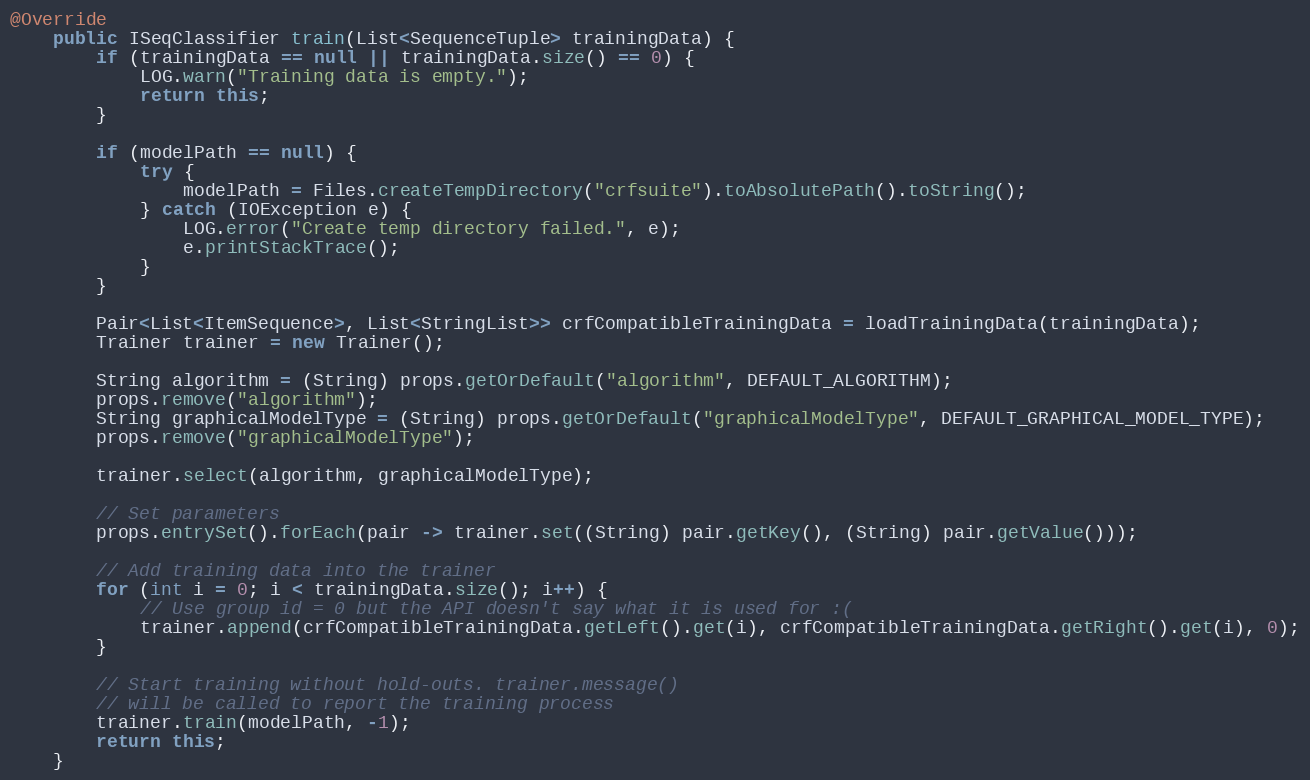
Language: Java
@Override
    public ISeqClassifier train(List<SequenceTuple> trainingData) {
        if (trainingData == null || trainingData.size() == 0) {
            LOG.warn("Training data is empty.");
            return this;
        }

        if (modelPath == null) {
            try {
                modelPath = Files.createTempDirectory("crfsuite").toAbsolutePath().toString();
            } catch (IOException e) {
                LOG.error("Create temp directory failed.", e);
                e.printStackTrace();
            }
        }

        Pair<List<ItemSequence>, List<StringList>> crfCompatibleTrainingData = loadTrainingData(trainingData);
        Trainer trainer = new Trainer();

        String algorithm = (String) props.getOrDefault("algorithm", DEFAULT_ALGORITHM);
        props.remove("algorithm");
        String graphicalModelType = (String) props.getOrDefault("graphicalModelType", DEFAULT_GRAPHICAL_MODEL_TYPE);
        props.remove("graphicalModelType");

        trainer.select(algorithm, graphicalModelType);

        // Set parameters
        props.entrySet().forEach(pair -> trainer.set((String) pair.getKey(), (String) pair.getValue()));

        // Add training data into the trainer
        for (int i = 0; i < trainingData.size(); i++) {
            // Use group id = 0 but the API doesn't say what it is used for :(
            trainer.append(crfCompatibleTrainingData.getLeft().get(i), crfCompatibleTrainingData.getRight().get(i), 0);
        }

        // Start training without hold-outs. trainer.message()
        // will be called to report the training process
        trainer.train(modelPath, -1);
        return this;
    }